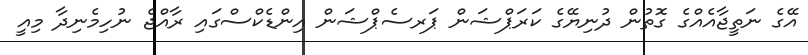
އޭގެ ނަތީޖާއެއްގެ ގޮތުން ދުނިޔޭގެ ކަރަޕްޝަން ޕަރސެޕްޝަން އިންޑެކްސްގައި ރާއްޖެ ނުހިމެނިދާ މިއީ